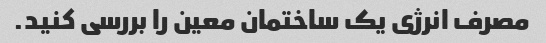
مصرف انرژی یک ساختمان معین را بررسی کنید.